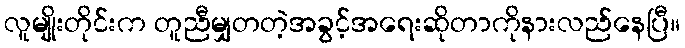
လူမျိုးတိုင်းက တူညီမျှတတဲ့အခွင့်အရေးဆိုတာကိုနားလည်နေပြီ။